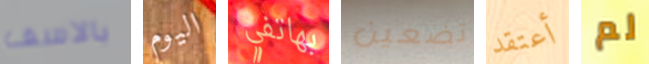
بالاسف اليوم بهاتفي تضعين أعتقد لم